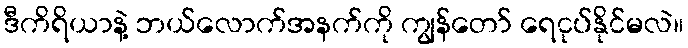
ဒီကိရိယာနဲ့ ဘယ်လောက်အနက်ကို ကျွန်တော် ရေငုပ်နိုင်မလဲ။